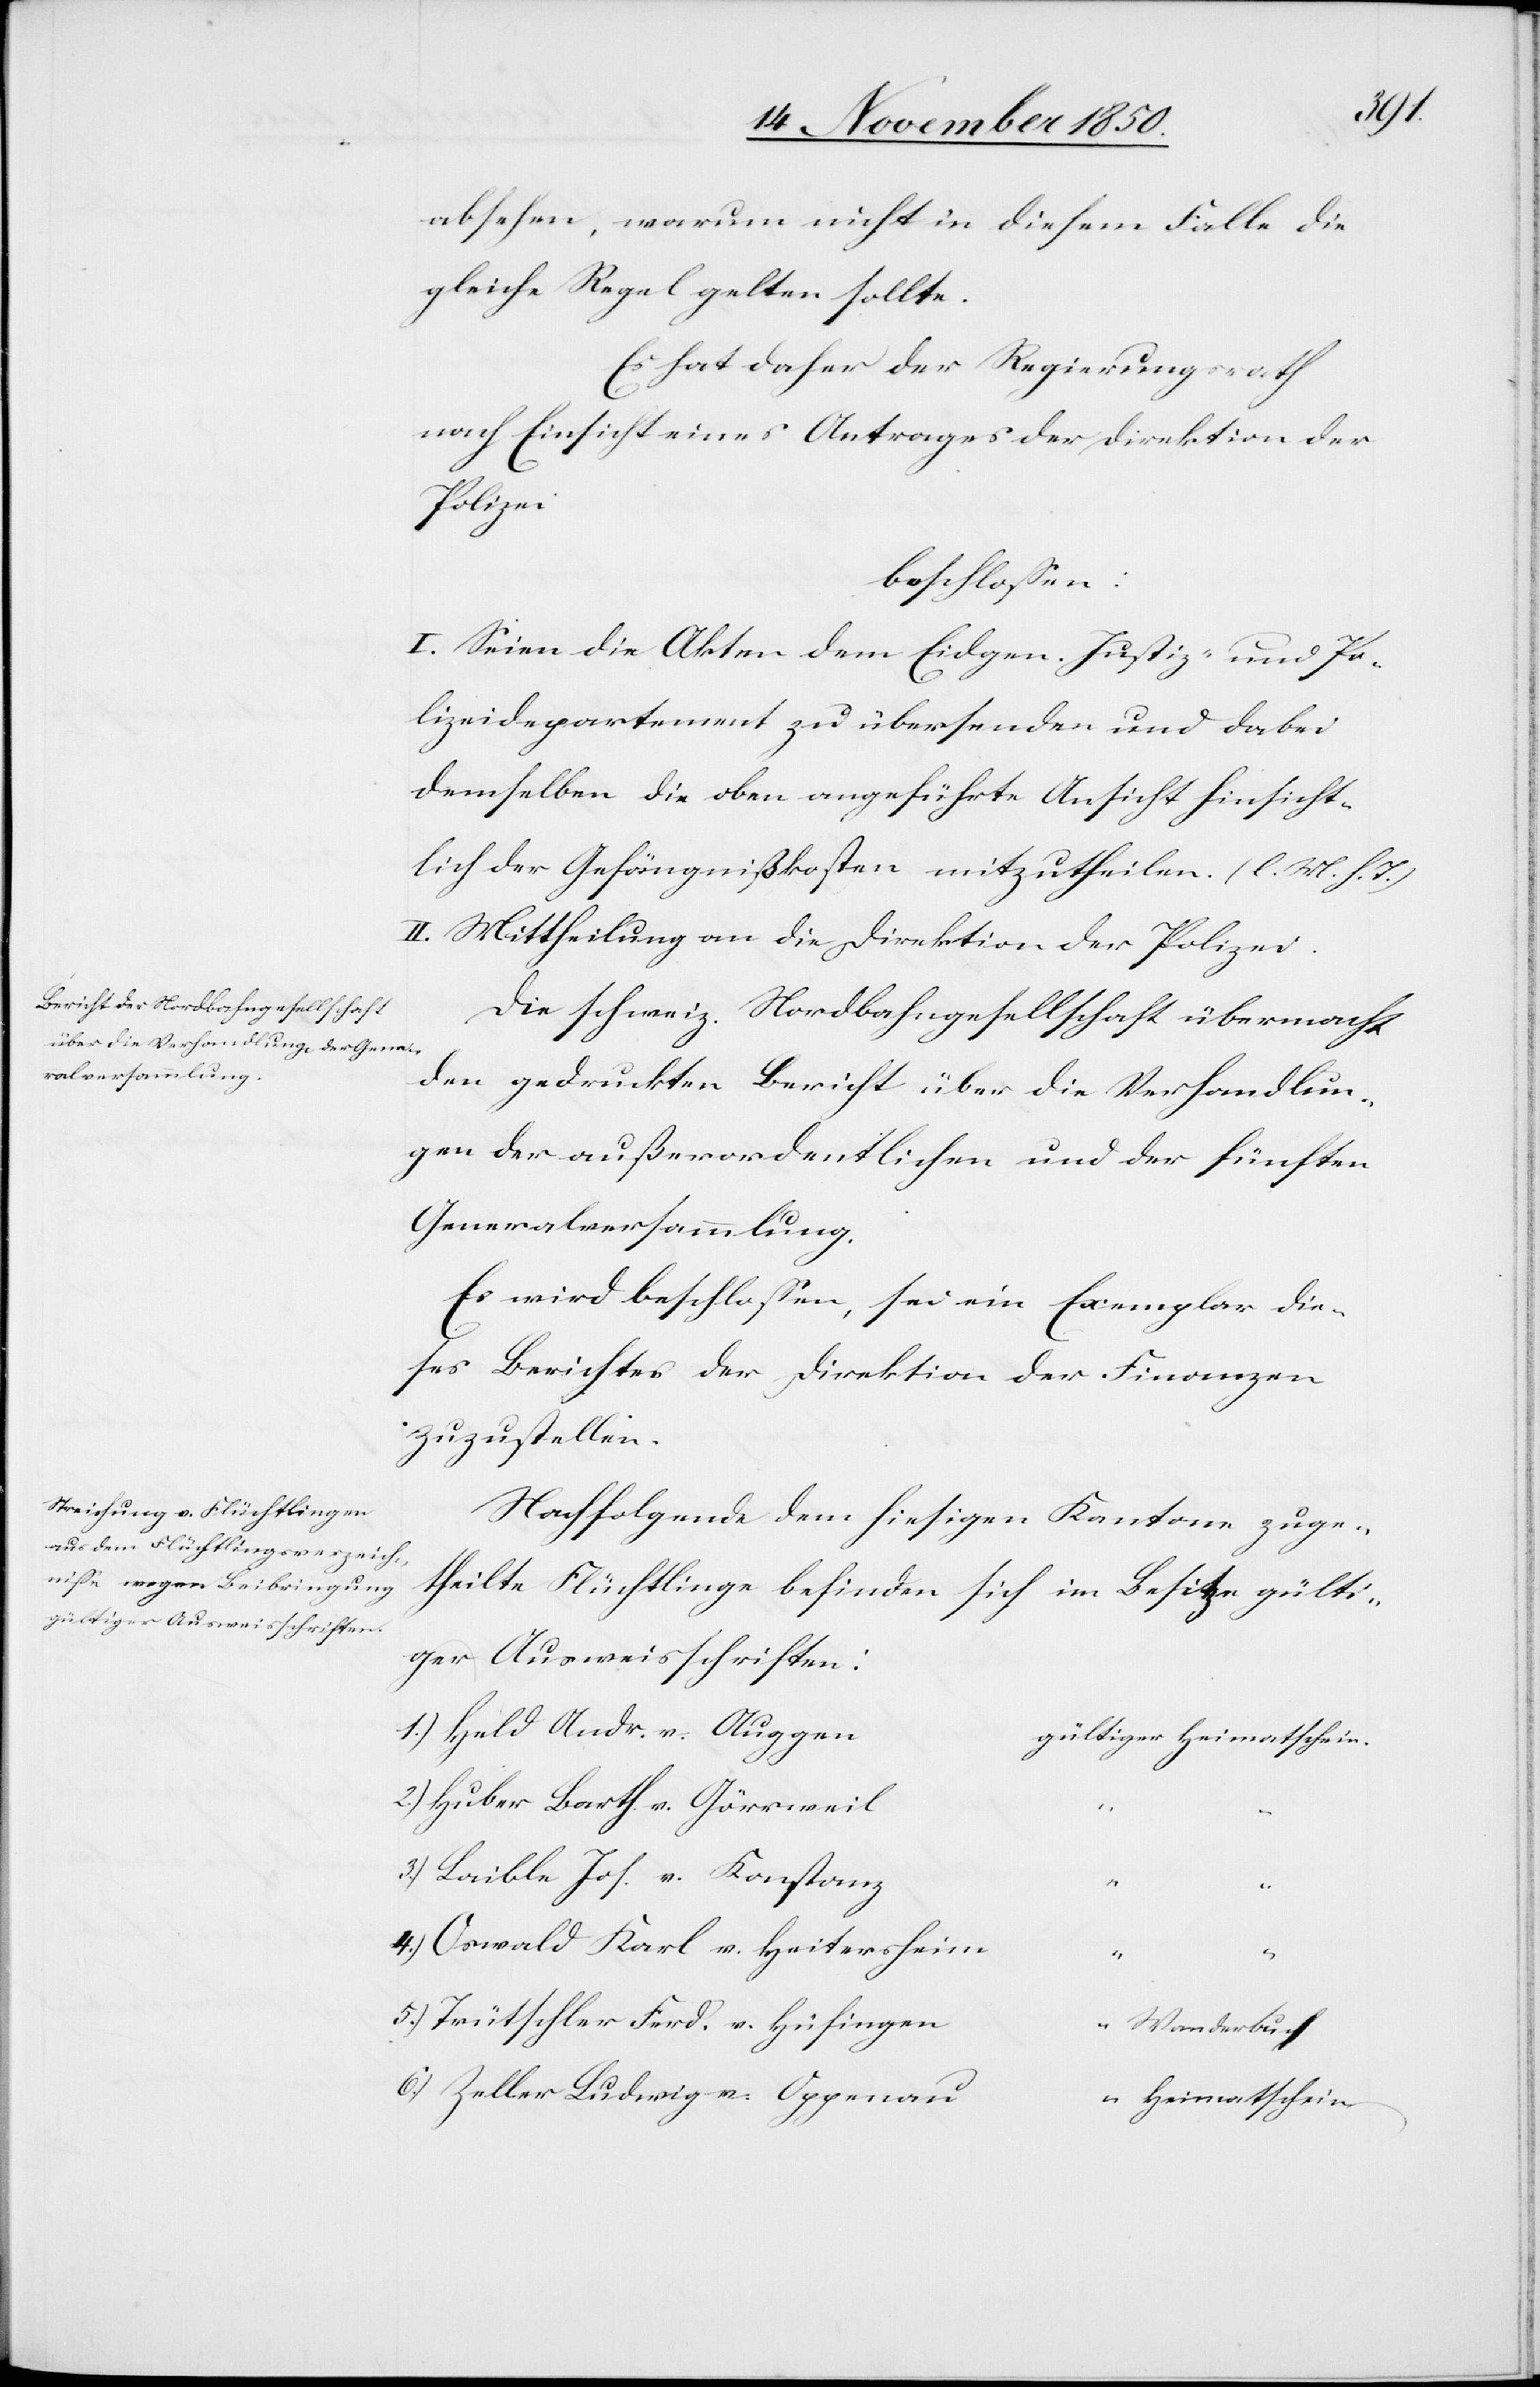
absehen, warum nicht in diesem Falle die
gleiche Regel gelten sollte.
Es hat daher der Regierungsrath
nach Einsicht eines Antrages der Direktion der
Polizei
beschlossen:
I. Seien die Akten dem Eidgen. Justiz- und Po¬
lizeidepartement zu übersenden und dabei
demselben die oben angeführte Ansicht hinsicht¬
lich der Gefängnißkosten mitzutheilen. (l. M. h. T.)
II. Mittheilung an die Direktion der Polizei.
Die schweiz. Nordbahngesellschaft übermacht
den gedruckten Bericht über die Verhandlun¬
gen der außerordentlichen und der fünften
Generalversammlung.
Es wird beschlossen, sei ein Exemplar die¬
ses Berichtes der Direktion der Finanzen
zuzustellen.
Nachfolgende dem hiesigen Kantone zuge¬
theilte Flüchtlinge befinden sich im Besitze gülti¬
ger Ausweisschriften:
1.) Held Andr. v. Augge¬
n	gültiger Heimatschein.
2.) Huber Barth. v. Görrweil
3.) Laible Jos. v. Konstanz
4.) Oswald Karl v. Heitersheim
“
“
5.) Trütschler Ferd. v. Hüfingen
“ Wanderbuch
6.) Zeller Ludwig v. Oppenau
“ Heimatschein